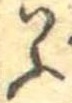
いふ